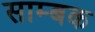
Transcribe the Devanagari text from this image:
साम्बक